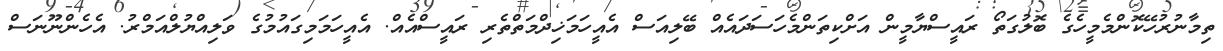
ތިމާނުރުހޭކޮންމެމީހެގެ ބޮލުގަތޯ ރައީސްޔާމީން އަށްކިތަންމެހަސަދައެއް ބޭލިއަސް އެއީހަމަޚިދްމަތްތެރި ރައީސްއެއް. އެއީހަމަމިގައުމުގެ ވަލިއްޔުލްއަމްރު. އެހެންނޫނަސް